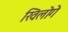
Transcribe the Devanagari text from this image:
खिलोगे